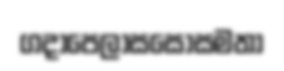
ගදාපෙලාසසොසමතා